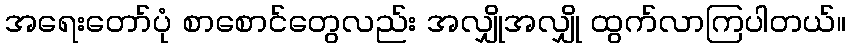
အရေးတော်ပုံ စာစောင်တွေလည်း အလျှိုအလျှို ထွက်လာကြပါတယ်။